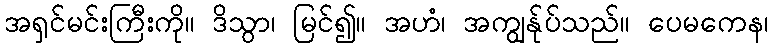
အရှင်မင်းကြီးကို။ ဒိသွာ၊ မြင်၍။ အဟံ၊ အကျွန်ုပ်သည်။ ပေမကေန၊